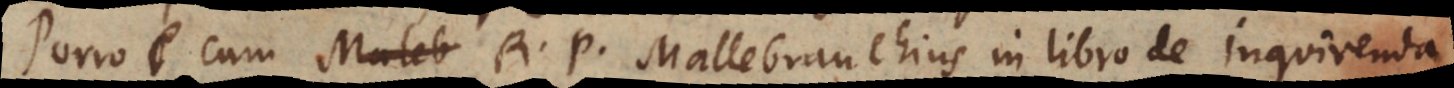
Porro cum R. P. Mallebranchius in libro De Inquirenda